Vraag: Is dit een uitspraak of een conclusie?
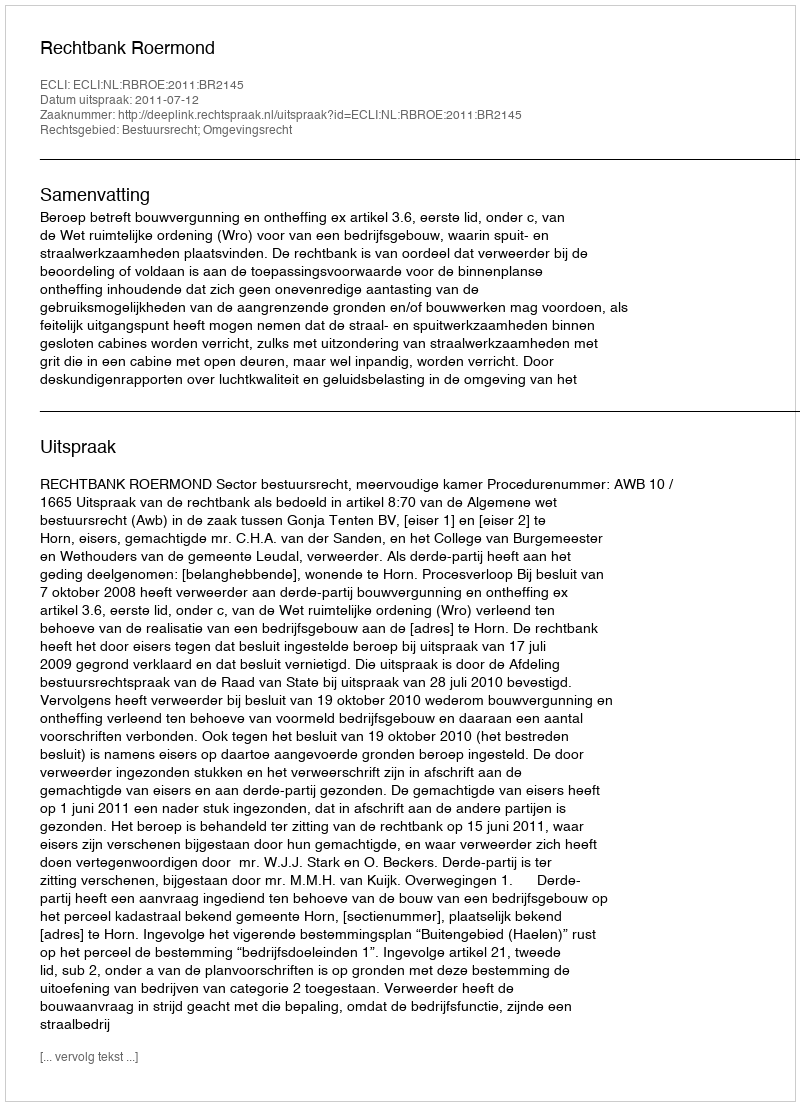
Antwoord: Uitspraak